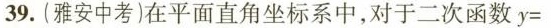
39. (雅安中考)在平面直角坐标系中，对于二次函数 $$y =